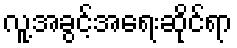
လူ့အခွင့်အရေးဆိုင်ရာ